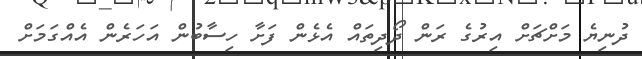
ދުނިޔެ މަށްޗަށް އިރުގެ ރަން ދޯދިތައް އެޅެން ފަށާ ހިސާބުން އަހަރެން އެއްގަމަށް